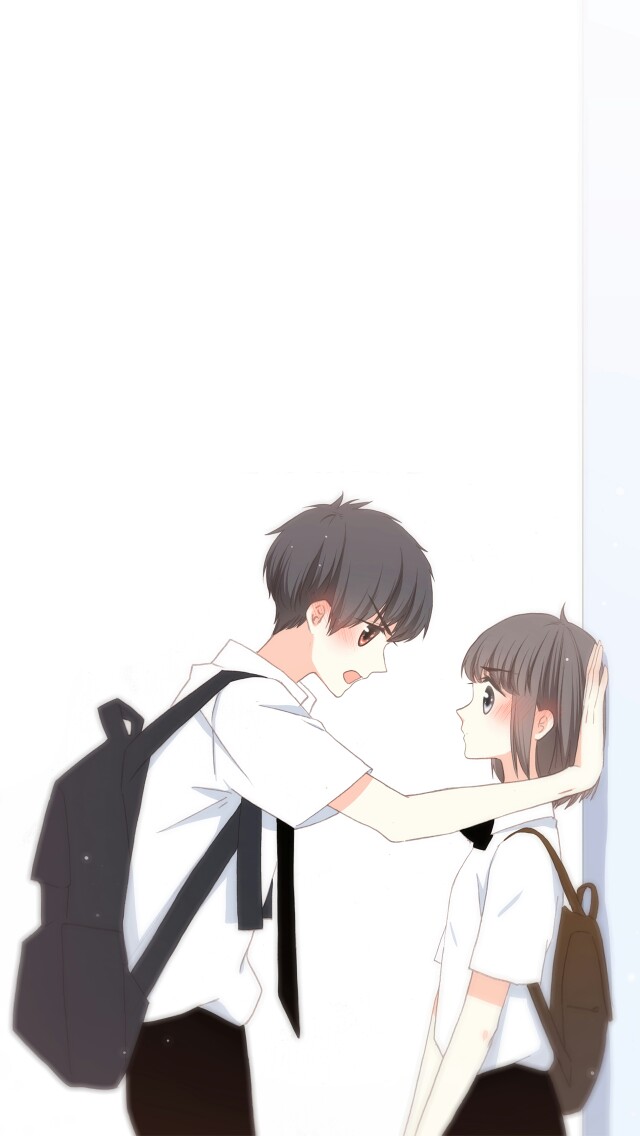
故人离别尽，淇上转骖騑。